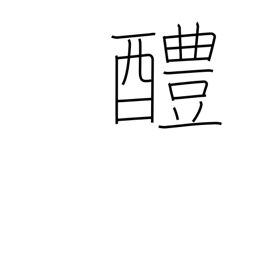
Meaning: sweet sake